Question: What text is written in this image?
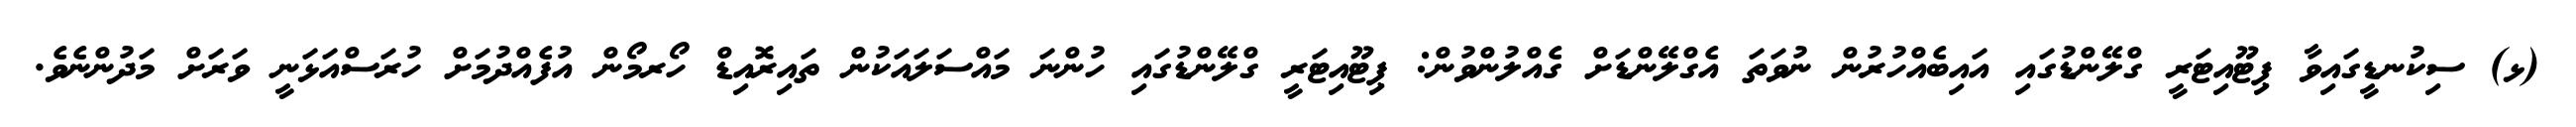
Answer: (ޅ) ސިކުނޑީގައިވާ ޕިޓޫއިޓަރީ ގްލޭންޑުގައި އައިބެއްހުރުން ނުވަތަ އެގްލޭންޑަށް ގެއްލުންވުން: ޕިޓޫއިޓަރީ ގްލޭންޑުގައި ހުންނަ މައްސަލައަކުން ތައިރޮއިޑް ހޯރމޯން އުފެއްދުމަށް ހުރަސްއަޅަނީ ވަރަށް މަދުންނެވެ.